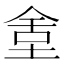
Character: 𡌫